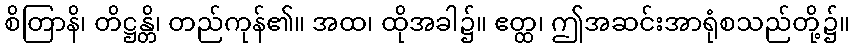
စိတြာနိ၊ တိဋ္ဌန္တိ၊ တည်ကုန်၏။ အထ၊ ထိုအခါ၌။ ဧတ္ထ၊ ဤအဆင်းအာရုံစသည်တို့၌။